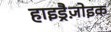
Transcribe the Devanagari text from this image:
हाइड्रैज़ोइक